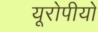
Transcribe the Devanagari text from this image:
यूरोपीयो